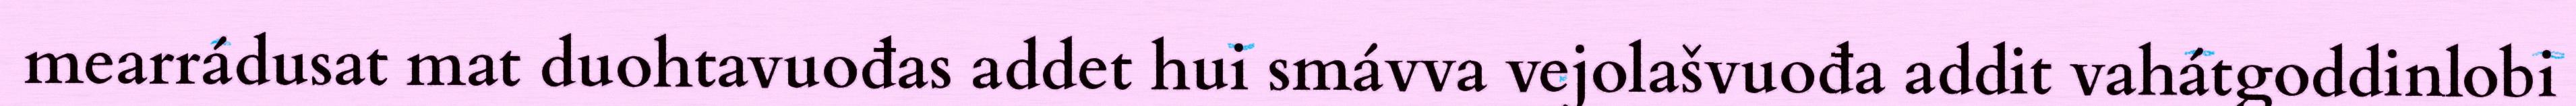
mearrádusat mat duohtavuođas addet hui smávva vejolašvuođa addit vahátgoddinlobi